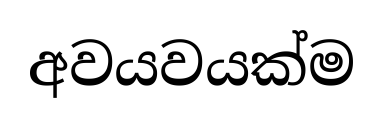
අවයවයක්ම